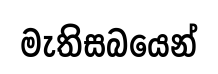
මැතිසබයෙන්